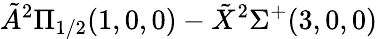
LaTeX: \tilde{A}^{2}\Pi_{1/2}(1,0,0)-\tilde{X}^{2}\Sigma^{+}(3,0,0)